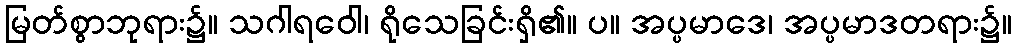
မြတ်စွာဘုရား၌။ သဂါရဝေါ၊ ရိုသေခြင်းရှိ၏။ ပ။ အပ္ပမာဒေ၊ အပ္ပမာဒတရား၌။